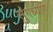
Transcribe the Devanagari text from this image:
सुंगच्यांग